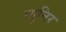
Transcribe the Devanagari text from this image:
म्युनिर